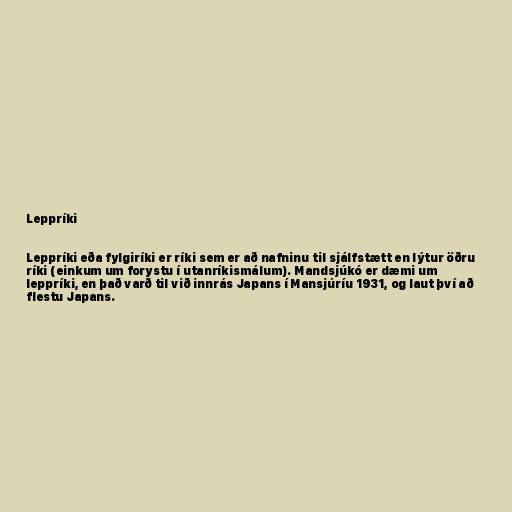
Leppríki

Leppríki eða fylgiríki er ríki sem er að nafninu til sjálfstætt en lýtur öðru
ríki (einkum um forystu í utanríkismálum). Mandsjúkó er dæmi um
leppríki, en það varð til við innrás Japans í Mansjúríu 1931, og laut því að
flestu Japans.